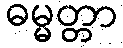
ဓမ္မတ္တာ